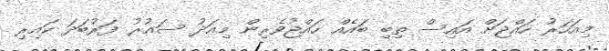
މިއަހަރު ހައްޖަށް އައިސް ތިބި ބައެއް ހައްޖުވެރިން މިއަދު ސައުރު ފަރުބަދަ ކައިރި